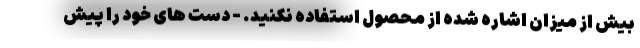
بیش از میزان اشاره شده از محصول استفاده نکنید. - دست های خود را پیش